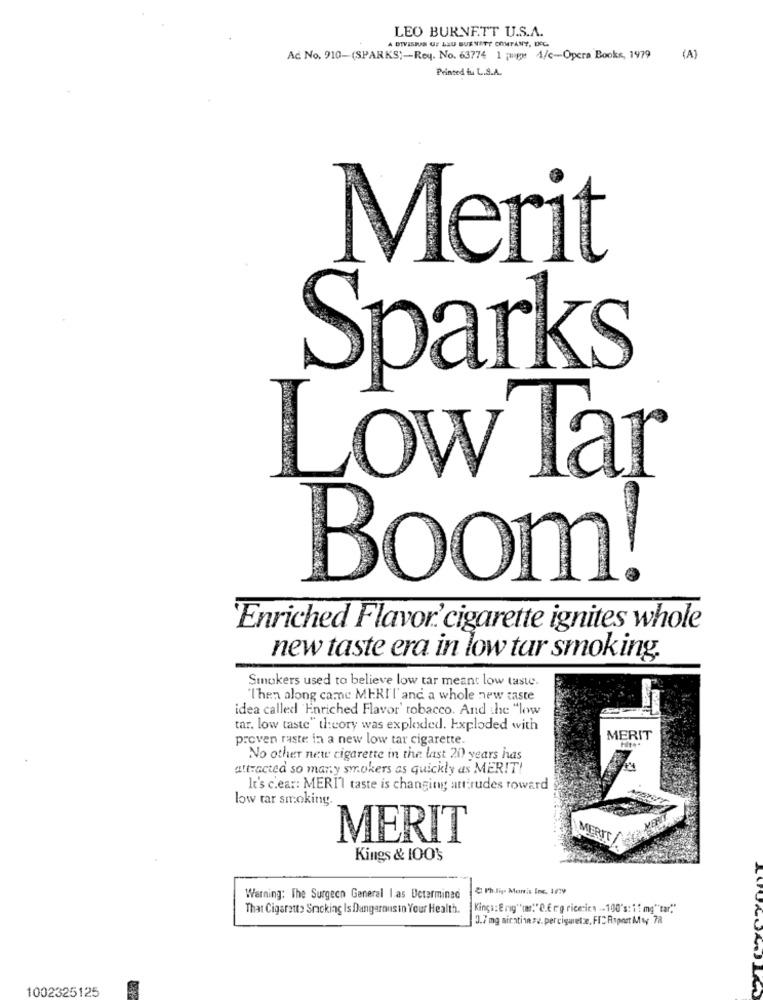
LEO BURNETT U.S.A.
A DIVISIUS UF LJU BURNETT COMPANY, ECC.
Ac. No. 910-(SPARKS)-Rey. No. 63774 1 page 4/c-Opera Books, 1979
(A)
Printed fu L.S.A.
Merit
Sparks
Low Tar
Boom!
Enriched Flavor.cigarette ignites whole
new taste era in low tar smoking.
Smokers used to believe low tar meant low taste.
"Then along came MERI'I' and a whole new taste
idea called "Enriched Flavor' tobacco. And the "loww
tar. low taste" theory was exploded. Exploded with
proven raste in a new low tar cigarette.
MERIT
No other new cigarette in the last 20 years has
attracted so many smokers as quickly as MERIT!
It's clear: MERI'T taste is changing att rudes toward
low tar smoking
MERIT
MER
Kings & 100's
Philip Morris Inc. 1/29
Warning: The Surgeon General I as Determined
That Cigarett> Snacking Is Dangerousin Your Health.
Kings: & rig""(mr." O.E reg ricerica -- 100's: if mg" tar."
3.7 mg nicotina v. percigarety. FICAsport May 78
1002325125